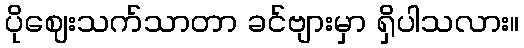
ပိုဈေးသက်သာတာ ခင်ဗျားမှာ ရှိပါသလား။